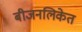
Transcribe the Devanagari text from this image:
बीजनलिकेत